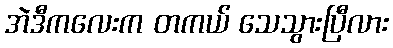
အဲဒီကလေးက တကယ် သေသွားပြီလား